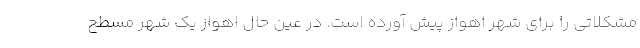
مشکلاتی را برای شهر اهواز پیش آورده است. در عین حال اهواز یک شهر مسطح